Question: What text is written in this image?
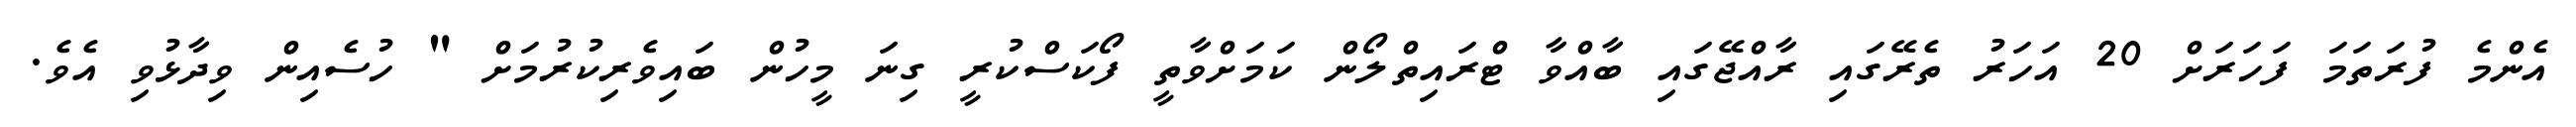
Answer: އެންމެ ފުރަތަމަ ފަހަރަށް 20 އަހަރު ތެރޭގައި ރާއްޖޭގައި ބާއްވާ ޓްރައިތްލޯން ކަމަށްވާތީ ފޯކަސްކުރީ ގިނަ މީހުން ބައިވެރިކުރުމަށް " ހުސެއިން ވިދާޅުވި އެވެ.